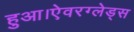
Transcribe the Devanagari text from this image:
हुआ।ऐवरग्लेड्स